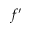
f ^ { \prime }